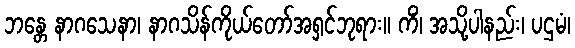
ဘန္တေ နာဂသေနာ၊ နာဂသိန်ကိုယ်တော်အရှင်ဘုရား။ ကိံ၊ အသို့ပါနည်း၊ ပဌမံ၊